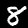
Digit: 8